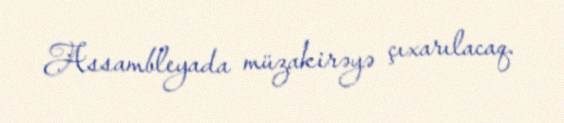
Assambleyada müzakirəyə çıxarılacaq.